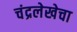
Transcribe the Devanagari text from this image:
चंद्रलेखेचा